Report of the Municipal Commissioner on the plague in Bombay for the year ending 31st May... - Volume 2
Disease focus: Plague
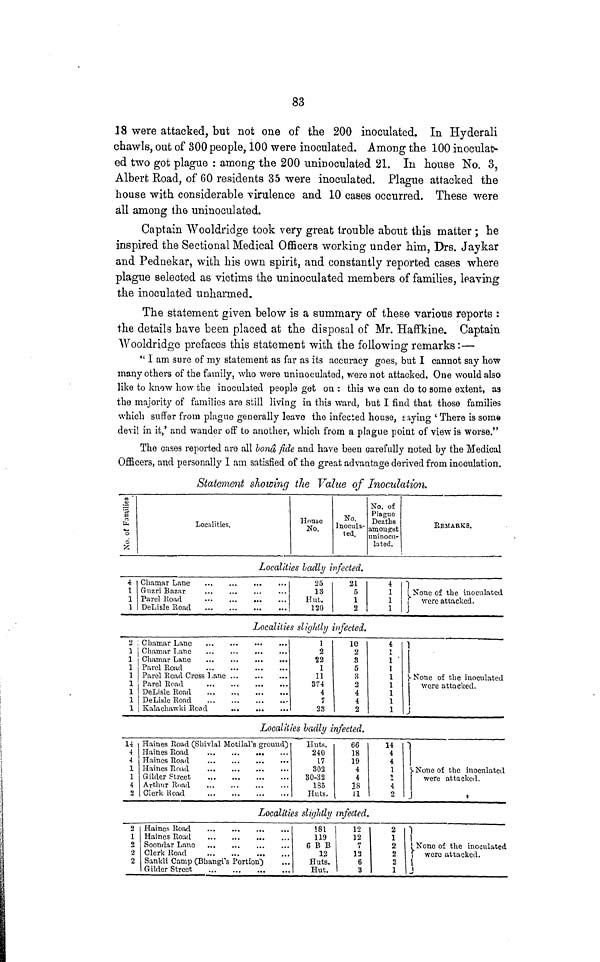
83
18 were attacked, but not one of the 200 inoculated. In Hyderail
cbawls, out of 300 people, 100 were inoculated. Among the 100 inoculat*
ed two got plague : among the 200 uninoculated 21. In house No. 3,
Albert Road, of 60 residents 35 were inoculated. Plague attacked the
house with considerable virulence and 10 cases occurred. These were
all among the uninoculated.
Captain Wooldridge took very great trouble about tbis matter ; he
inspired the Sectional Medical Officers working under him, Drs. Jaykar
and Pednekar, with his own spirit, and constantly reported cases where
plague selected as victims the uninoculated members of families, leaving
the inoculated unharmed.
The statement given below is a summary of these various reports :
the details have been placed at the disposal of Mr. Haffkine. Captain
Wooldridge prefaces this statement with the following remarks:—
" 1 am sure of my statement as far as its accuracy goes, but I cannot say how
many others of the family, who were uninoculated, were not attacked. One would also
like to know how the inoculated people get on : this we can do to some extent, as
the majority of families are still living in this ward, but I find that those families
which suffer from plague generally leave the infected house, aaying ' There is some
devil in it,' and wander off to another, which from a plague point of view is worse."
The cases reported are all bond fide and have been carefully noted by the Medical
Officers, and personally I am satisfied of the great advantage derived from inoculation.
Statement showing the Value of Inoculation.
01
_a>
0
i2
o
o
?5
Localities.
House
No.
No.
Inocula-
ted.
No. of
Plague
Deaths
amongst
uninocu-
lated.
REMARKS.
Localities badly infected.
4
1
1
1 DeLisle Road
25
13
Hut.
120
21
1
2
4
1
1
1
Nolle of thG inoculfttetl
Localities slightly infected.
'2
1
]
1
1
1
1
1
1
Parel Road Cross Lane
Parel Road
Kalachawki Rood
.*
..
1
2
22
1
11
374
4
7
23
10
2
3
5
3
2
4
4
2
4
i
1
]
1
1
1
1
1
1
f-None of the inoculated
were attacked.
)
Localities badly infected.
14
4
.)
1
1
4
Haines Road (Slrivlal MotilaPs ground)
Gilder Ftreet
Arthur Road
.
Clerk Road
Huts.
240
17
302
30-32
185
Huts,
66
18
19
4
4
18
11
14
4
4
1
i
4
2
None of the inoculated
were attfi eked
Localities sliqlitly infected.
2
\
*>,
9,
2
Clerk Road
Sankli Camp (BbangTs Portion')
Gilder Street
'81
119
6 B B
12
Huts.
Hut.
12
12
7
12
6
B
2
1
2
2
2
1
None of the inoculated
were attacked.